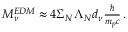
\begin{array} { r } { M _ { \nu } ^ { E D M } \approx 4 \Sigma _ { N } \Lambda _ { N } d _ { \nu } \frac { \hbar } { m _ { p } c } \, . } \end{array}